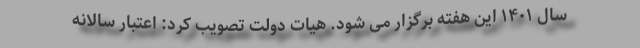
سال ۱۴۰۱ این هفته برگزار می شود. هیات دولت تصویب کرد: اعتبار سالانه